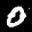
Label: 0